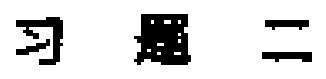
$=$  \(\blacksquare\)  \(\leq\)